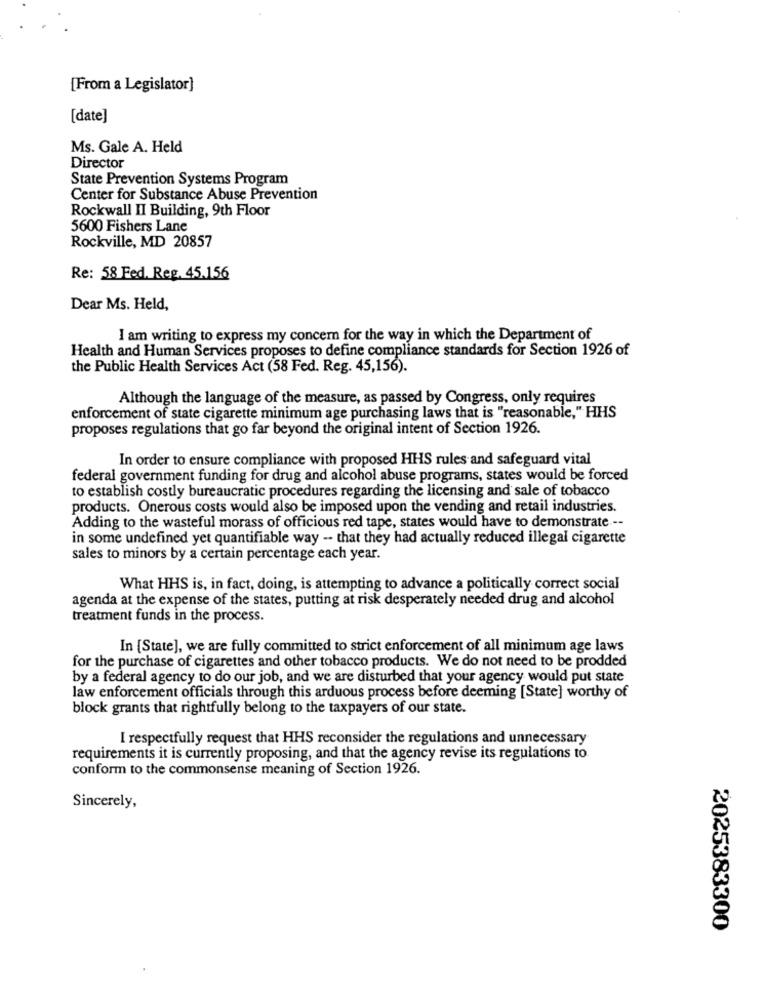
[From a Legislator]
[date]
Ms. Gale A. Held
Director
State Prevention Systems Program
Center for Substance Abuse Prevention
Rockwall II Building, 9th Floor
5600 Fishers Lane
Rockville, MD 20857
Re: 58 Fed. Reg. 45.156
Dear Ms. Held,
I am writing to express my concern for the way in which the Department of
Health and Human Services proposes to define compliance standards for Section 1926 of
the Public Health Services Act (58 Fed. Reg. 45,156).
Although the language of the measure, as passed by Congress, only requires
enforcement of state cigarette minimum age purchasing laws that is "reasonable," HHS
proposes regulations that go far beyond the original intent of Section 1926.
In order to ensure compliance with proposed HHS rules and safeguard vital
federal government funding for drug and alcohol abuse programs, states would be forced
to establish costly bureaucratic procedures regarding the licensing and sale of tobacco
products. Onerous costs would also be imposed upon the vending and retail industries.
Adding to the wasteful morass of officious red tape, states would have to demonstrate --
in some undefined yet quantifiable way -- that they had actually reduced illegal cigarette
sales to minors by a certain percentage each year.
What HHS is, in fact, doing, is attempting to advance a politically correct social
agenda at the expense of the states, putting at risk desperately needed drug and alcohol
treatment funds in the process.
In [State], we are fully committed to strict enforcement of all minimum age laws
for the purchase of cigarettes and other tobacco products. We do not need to be prodded
by a federal agency to do our job, and we are disturbed that your agency would put state
law enforcement officials through this arduous process before deeming [State] worthy of
block grants that rightfully belong to the taxpayers of our state.
I respectfully request that HHS reconsider the regulations and unnecessary
requirements it is currently proposing, and that the agency revise its regulations to
conform to the commonsense meaning of Section 1926.
Sincerely,
2025383300